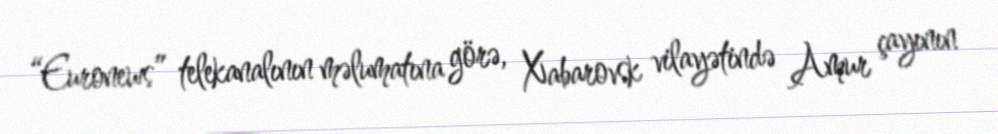
“Euronews” telekanalının məlumatına görə, Xabarovsk vilayətində Amur çayının